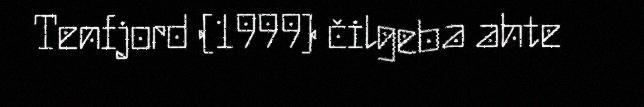
Tenfjord (1999) čilgeba ahte